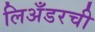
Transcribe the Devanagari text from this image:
लिअँडरची